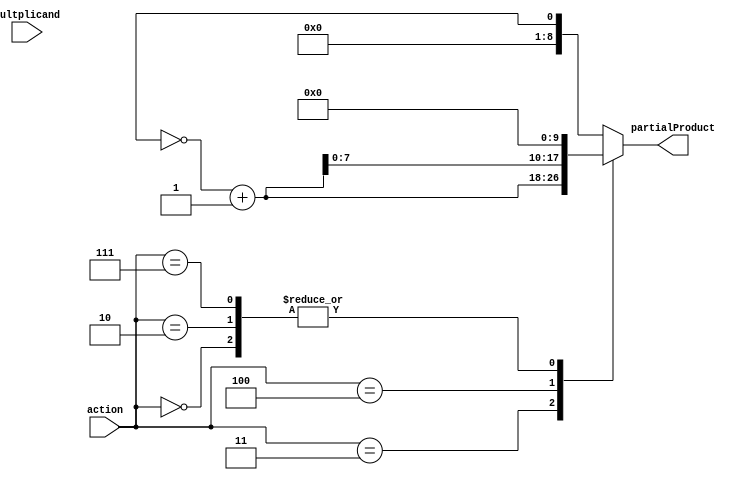
module Shifter(input [2:0] action, input [7:0] multplicand, output reg [8:0] partialProduct);

always@(action)

	case(action)

		3'd0: partialProduct<=9'd0;

		3'd1: partialProduct<={1'b0,multiplicand};

		3'd2: partialProduct<={multiplicand<<1};

		3'd3: partialProduct<={1'b0,(~multiplicand+9'd1)};

		3'd4: partialProduct<={(~multiplicand+9'd1)<<1};

		3'd7: partialProduct<=9'd0;

		default: partialProduct<=multiplicand;

	endcase

endmodule